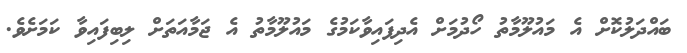
ބައްދަލުކޮށް އެ މައުލޫމާތު ހޯދުމަށް އެދިފައިވާކަމުގެ މައުލޫމާތު އެ ޖަމާއަތަށް ލިބިފައިވާ ކަމަށެވެ.